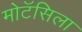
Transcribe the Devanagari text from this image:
मोटॅसिला